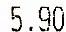
5.90